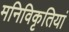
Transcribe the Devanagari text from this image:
मनिविकृतियां